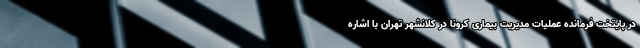
در پایتخت فرمانده عملیات مدیریت بیماری کرونا در کلانشهر تهران با اشاره